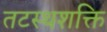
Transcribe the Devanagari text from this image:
तटस्थशक्ति